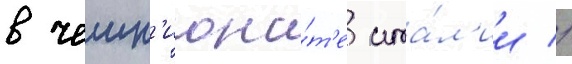
в чемп'иона́т'е ита́л'ии //